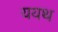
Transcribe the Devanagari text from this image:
ययथ